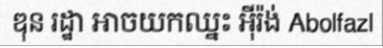
ឌុន រដ្ឋា អាចយកឈ្នះ អ៊ីរ៉ង់ Abolfazl